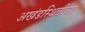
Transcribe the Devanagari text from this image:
अखंडस्थितीचा